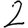
Digit: 2